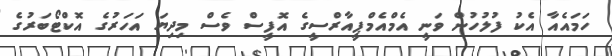
ހަމައެއާ އެކު ފުލުހުން ވަނީ އެމްއެމްޕީއާރްސީގެ އޮފީސް ވެސް މިދިޔަ އަހަރުގެ އޮކްޓޯބަރުގެ